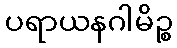
ပရာယနဂါမိဉ္စ